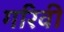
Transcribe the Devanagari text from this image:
गरिवी